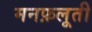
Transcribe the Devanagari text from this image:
मनफ़लूती